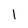
Character: l